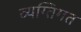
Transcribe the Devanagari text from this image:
व्यग्तिगत